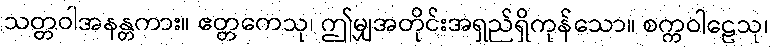
သတ္တဝါအနန္တကား။ ဧတ္တကေသု၊ ဤမျှအတိုင်းအရှည်ရှိကုန်သော။ စက္ကဝါဠေသု၊